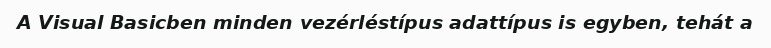
A Visual Basicben minden vezérléstípus adattípus is egyben, tehát a